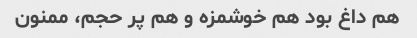
هم داغ بود هم خوشمزه و هم پر حجم، ممنون